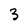
Character: 3